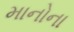
માનોના